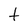
Character: t